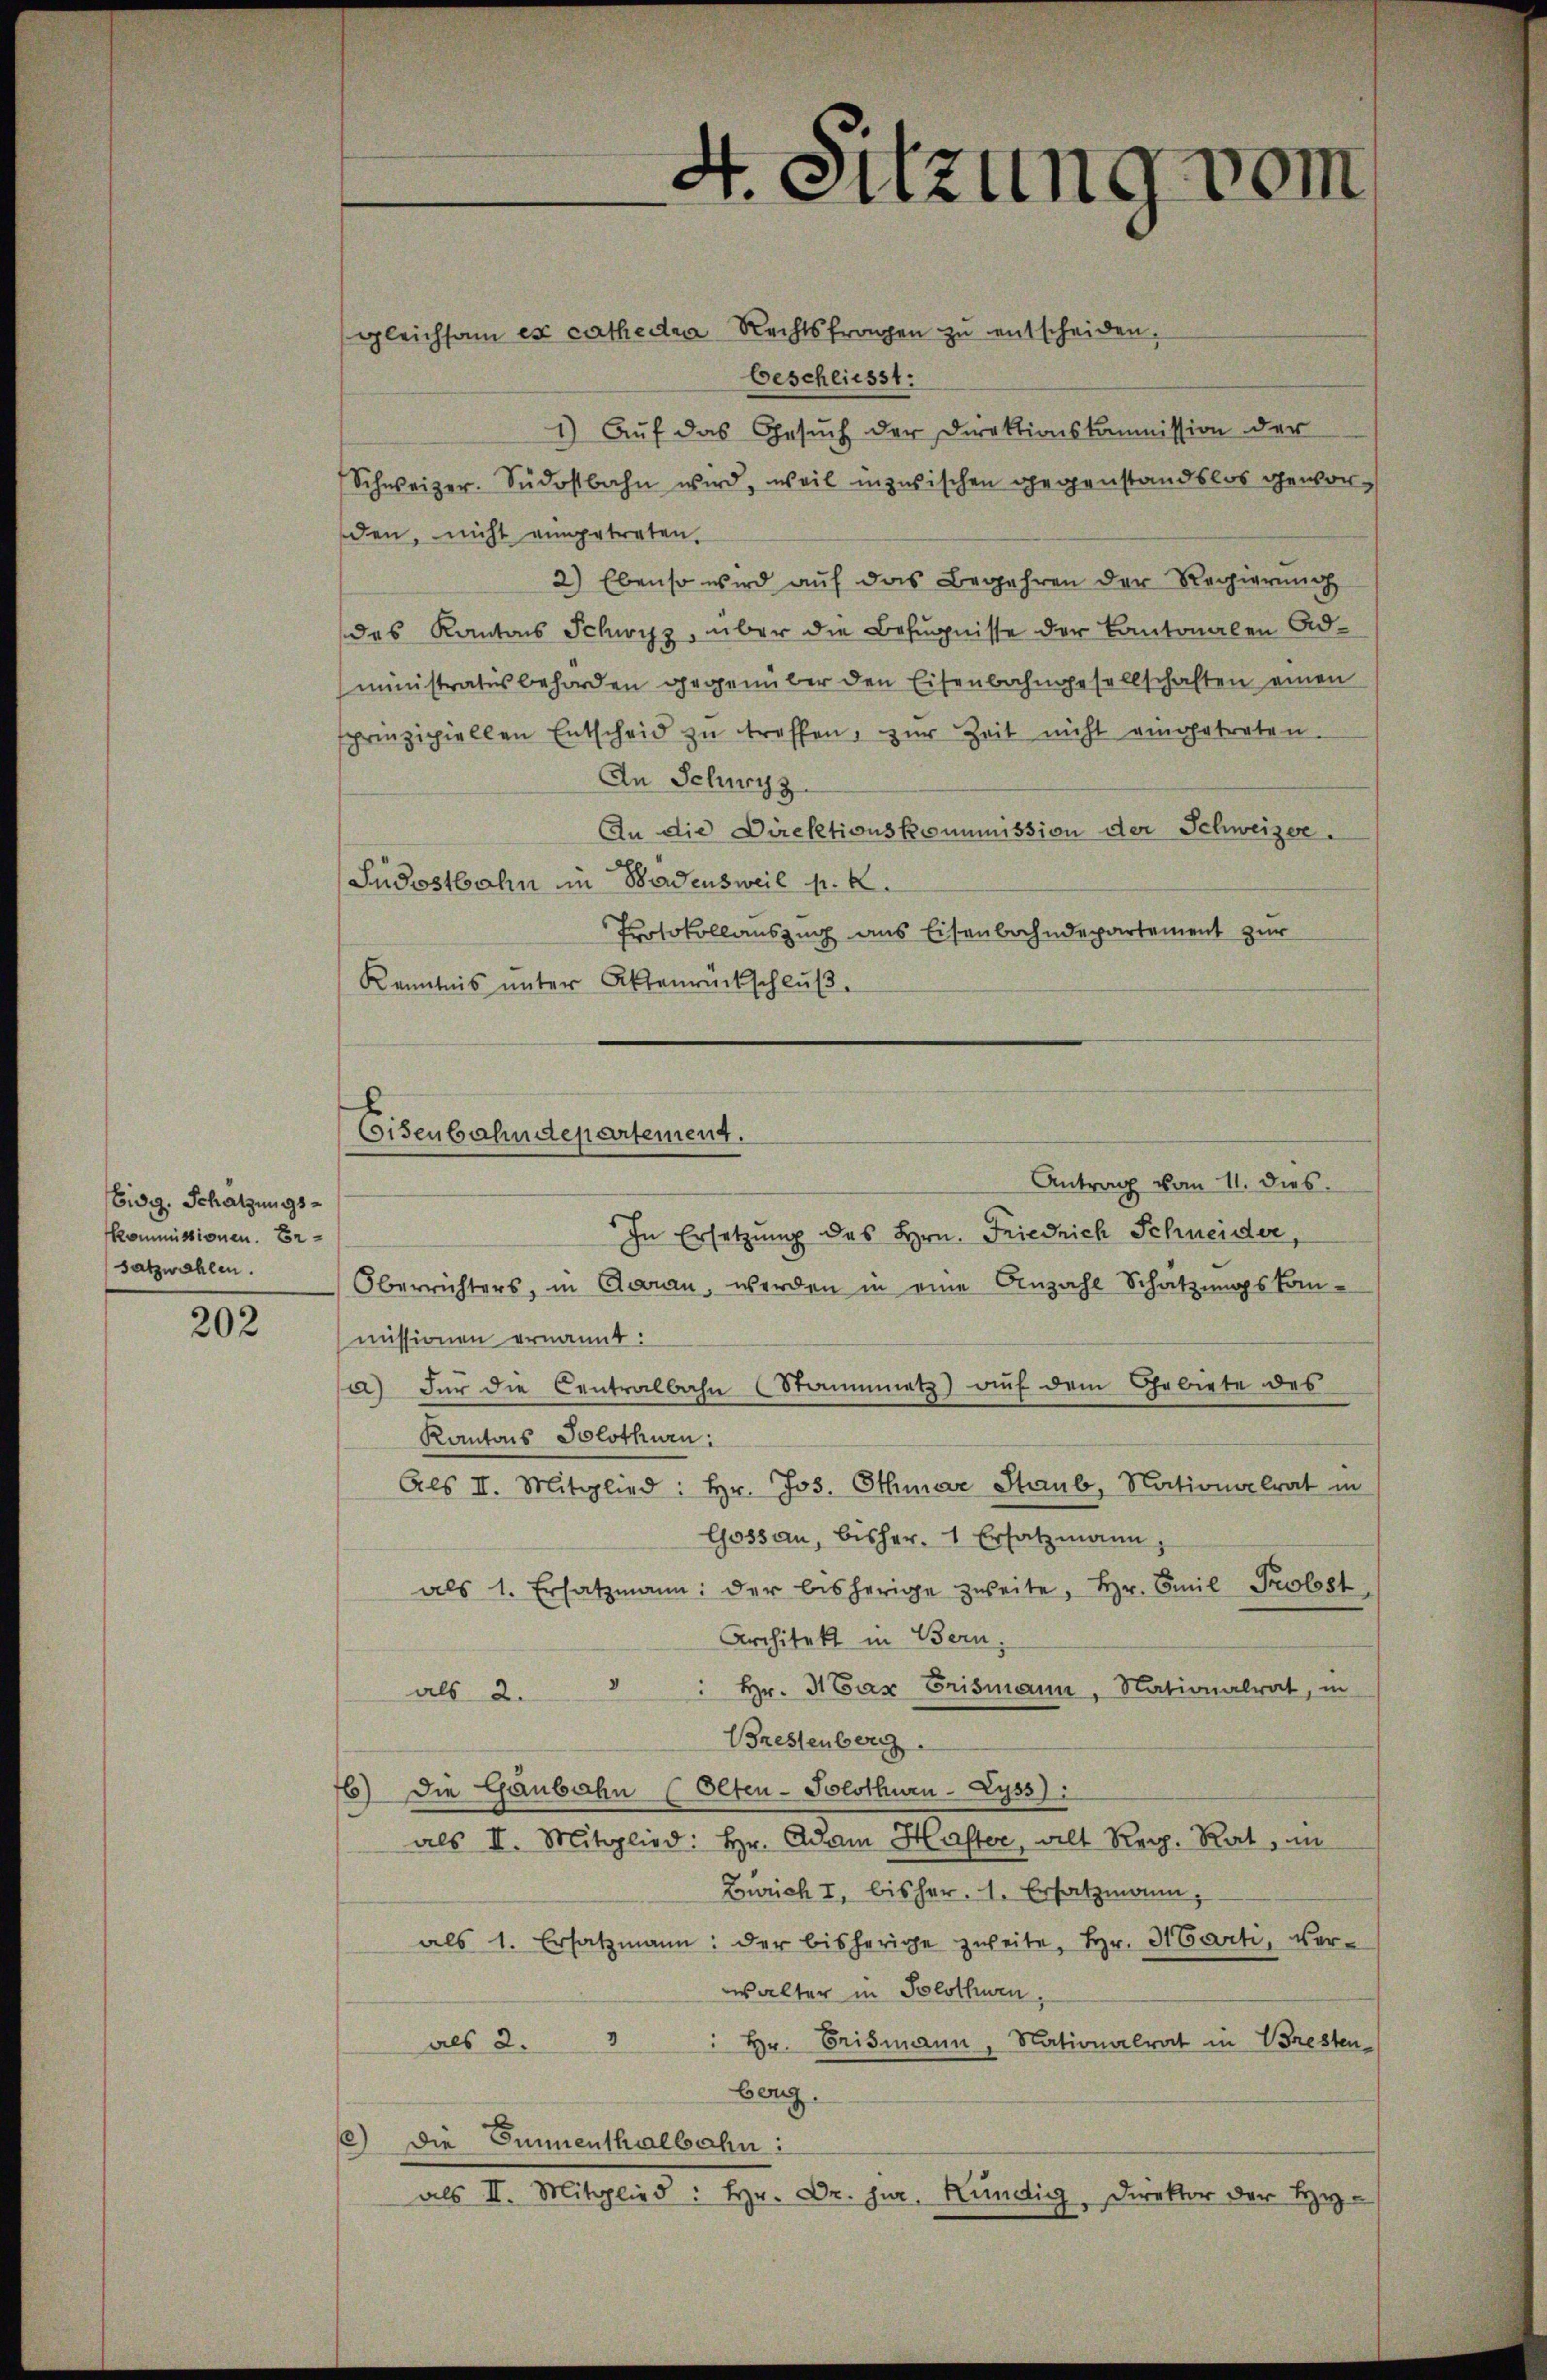
Eidg. Schätzungs¬
Kommissionen. Ersatzwahlen.

202

gleichsam ex cathedra Rechtsfragen zu entscheiden.
beschliesst:
1) Aŭf das Gesŭch der Direktionskommission der
Schweizer. Südostbahn wird, weil inzwischen gegenstandslos geworden, nicht eingetreten.
2) Ebenso wird aŭf das Begehren der Regierŭng
des Kantons Schwyz, über die Befugnisse der Kantonalen Administratis behörden gegenüber den Eisenbahngesellschaften einen
sprinzipiellen Entscheid zŭ treffen, zur Zeit nicht eingetreten.
An Schwyz
An die Direktionskommission der Schweizer.
Südostbahn in Badensweil pr. K
Protokollauszug aus Eisenbahndepartement zur
Kenntnis unter Aktenrückschluß

4. Sitzung vom

Eisenbahndepartement.
Antrag vom 11. dies

In Ersetzŭng des Hrn. Friedrich Schneider,
Oberrichters, in Garan, werden in eine Anzahl Schätzungskommissionen ernannt:
a) Für die Centralbahn (Staumnmetz) auf dem Gebiete des
Kantons Solothurn:
Als II. Mitglied: Hr. Jos. Othmar Staub, Nationalrat in
Gossau, bisher, 1 Ersatzmann
als 1. Ersatzmann: der bisherige zweite, Hr. Emil Prolest
Architekt in Bern,
Hr. Max Erismann, Nationalrat, in
als 2.
Bressenberg
16) Die Gaubahn (Olten-Solothurn-Zyss):
als II. Mitglied: hr. Adam Haster, alt Reg. Rat, in
Zürich I. bisher. 1. Ersatzmann,
als 1. Ersatzmann: der bisherige zweite, Hr. Marti, verwalter in Solothurn,
als 2. " " hr. Erismann, Nationalrat in Bresten
berg.
e) Die Sumenthalbahn:
als II. Mitglied: Hr. Dr. jur. Kundig, Direktor der Hy¬